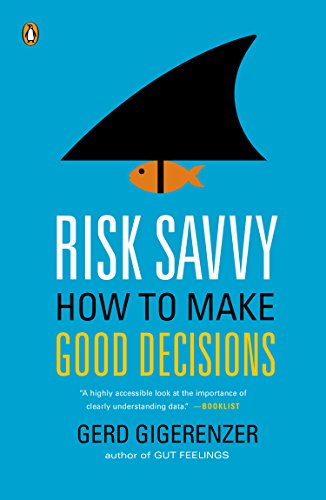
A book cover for Risk Savvy: How to Make Good Decisions; Gerd Gigerenzer; Medical Books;